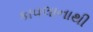
કાવલાનાથી